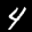
Label: 4